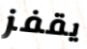
يقفز